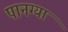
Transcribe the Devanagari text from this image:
पानग्या